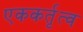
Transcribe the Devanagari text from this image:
एककर्तृत्व